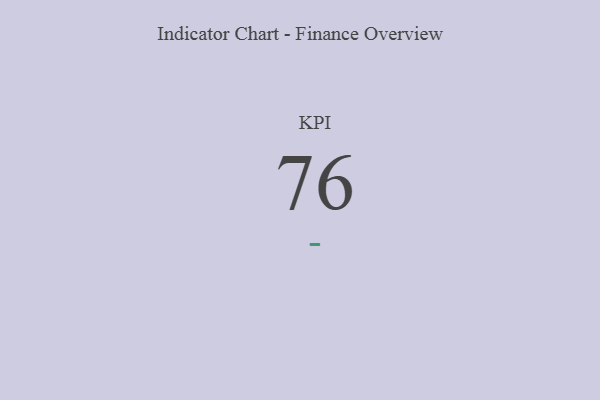
{"axis": {"x": "KPI", "y": "Value"}, "legend": [""], "data": [{"x": "KPI", "y": 76, "type": ""}]}